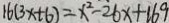
1 6 ( 3 x + 6 ) = x ^ { 2 } - 2 6 x + 1 6 9